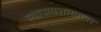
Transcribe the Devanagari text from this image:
स्थापत्यशास्त्रावर